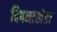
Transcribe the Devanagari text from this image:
दिपनाखेडा